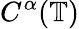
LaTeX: C^{\alpha}(\mathbb{T})